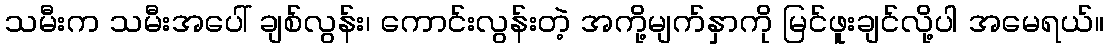
သမီးက သမီးအပေါ် ချစ်လွန်း၊ ကောင်းလွန်းတဲ့ အကို့မျက်နှာကို မြင်ဖူးချင်လို့ပါ အမေရယ်။